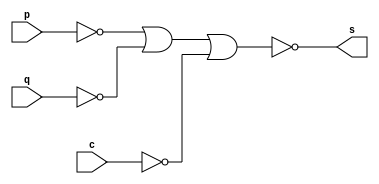
// ------------------------- 
// Exercicio0004 - OR(NN) 
// Nome: Jos Ferreira Reis Fonseca 
// ------------------------- 
// ------------------------- 
// -- or gate 
// ------------------------- 
module orNNgate ( output s, 
input p, q, c); 
assign s = (~((((~p) | (~q)) | (~c)))); 
endmodule // orNNgate 
// --------------------- 
// -- test or gate 
// --------------------- 
module testorNNgate; 
// ------------------------- dados locais 
reg a, b, c; // definir registradores 
wire s; // definir conexao (fio) 
// ------------------------- instancia 
orNNgate ORNN1 (s, a, b, c); 
// ------------------------- preparacao 
initial begin:start 
a=0; b=0; 
end 
// ------------------------- parte principal 
initial begin 
$display("Exercicio0004 - Jos Ferreira Reis Fonseca  - 405808"); 
$display("Test OR(NN)3 gate"); 
$display("\n~((~a | ~b) | ~c) = s\n"); 
$monitor("~((~%b | ~%b) | ~%b) = %b", a, b, c, s); 
a=0; b=0; c=0;
#1;
a=0; b=0; c=1;
#1;
a=0; b=1; c=0;
#1; 
a=0; b=1; c=1;
#1; 
a=1; b=0; c=0;
#1; 
a=1; b=0; c=1;
#1; 
a=1; b=1; c=0;
#1; 
a=1; b=1; c=1;
#1; 
end 
endmodule // testorNNgate